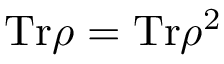
\mathrm { T r } \rho = \mathrm { T r } \rho ^ { 2 }